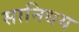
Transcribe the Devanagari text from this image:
सानिधय